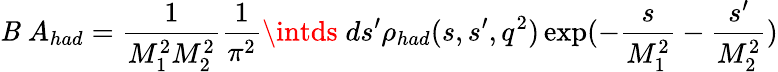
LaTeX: {\cal{\mathit{B}}}\; A_{had}={\frac{{1}}{{M_{1}^{2}M_{2}^{2}}}}{\frac{{1}}{{\pi^{2}}}}\intds\; ds^{\prime}\rho_{had}(s,s^{\prime},q^{2})\exp(-{\frac{{s}}{{M_{1}^{2}}}}-{\frac{{s^{\prime}}}{{M_{2}^{2}}}})